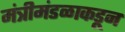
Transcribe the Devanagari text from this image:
मंत्रीमंडळाकडून